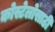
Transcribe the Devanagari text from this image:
कोस्टेलोसाठी